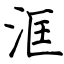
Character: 洭